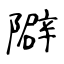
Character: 隦